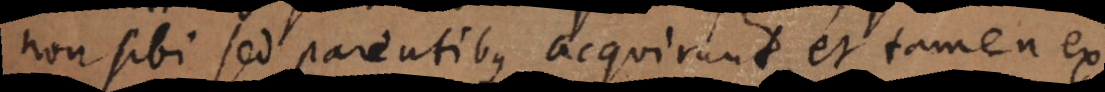
non sibi sed parentibus acquirunt, et tamen ex